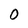
Character: 0